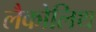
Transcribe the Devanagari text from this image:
लैकोलिथ